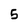
Character: 5